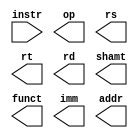
module instr_decoder(instr, op, rs, rt, rd, shamt, funct, imm, addr);
	parameter N = 32;
	input wire [N-1:0] instr;
	output wire [5:0] op;
	output wire [4:0] rs, rt, rd, shamt;
	output wire [5:0] funct;
	output wire [15:0] imm;
	output wire [25:0] addr;
	
	//TODO

endmodule